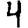
Digit: 4